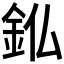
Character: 𮡫